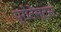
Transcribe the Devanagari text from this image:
प्रोटेस्ट्स